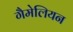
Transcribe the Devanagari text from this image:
गैमेलियन